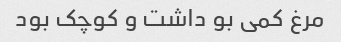
مرغ کمی بو داشت و کوچک بود